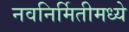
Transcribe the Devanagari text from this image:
नवनिर्मितीमध्‍ये